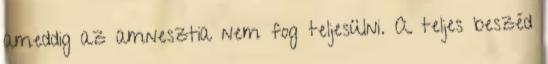
ameddig az amnesztia nem fog teljesülni. A teljes beszéd